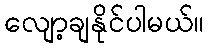
လျော့ချနိုင်ပါမယ်။